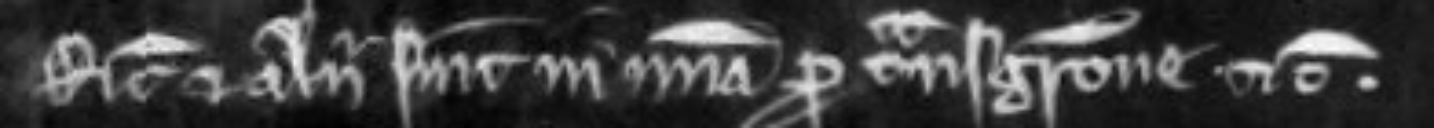
Ricardus et alii sunt in misericordia pro transgressione etc.